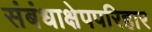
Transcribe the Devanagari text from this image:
संबंधाक्षेपपरिहार